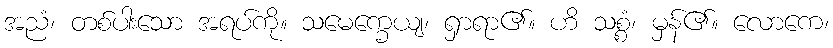
အညံ၊ တစ်ပါးသော အရပ်ကို။ သမေက္ခေယျ၊ ရှာရာ၏။ ဟိ သစ္စံ၊ မှန်၏။ လောကေ၊